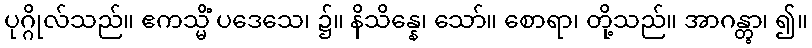
ပုဂ္ဂိုလ်သည်။ ဧကသ္မိံ ပဒေသေ၊ ၌။ နိသိန္နေ၊ သော်။ စောရာ၊ တို့သည်။ အာဂန္တွာ၊ ၍။